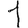
Digit: 1